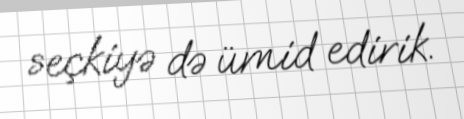
seçkiyə də ümid edirik.